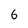
Character: 6